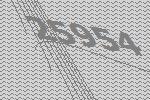
25954